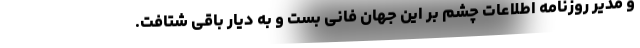
و مدیر روزنامه اطلاعات چشم بر این جهان فانی بست و به دیار باقی شتافت.